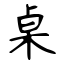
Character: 桌